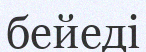
бейеді